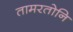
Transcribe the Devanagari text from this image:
तामरतोनि